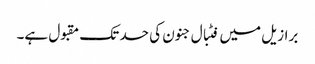
برازیل میں فٹبال جنون کی حد تک مقبول ہے۔